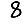
Digit: 8